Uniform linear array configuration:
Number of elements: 12
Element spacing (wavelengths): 0.25
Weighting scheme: blackman
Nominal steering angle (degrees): -15
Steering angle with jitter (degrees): -13.409
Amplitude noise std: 0.05
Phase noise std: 0.05

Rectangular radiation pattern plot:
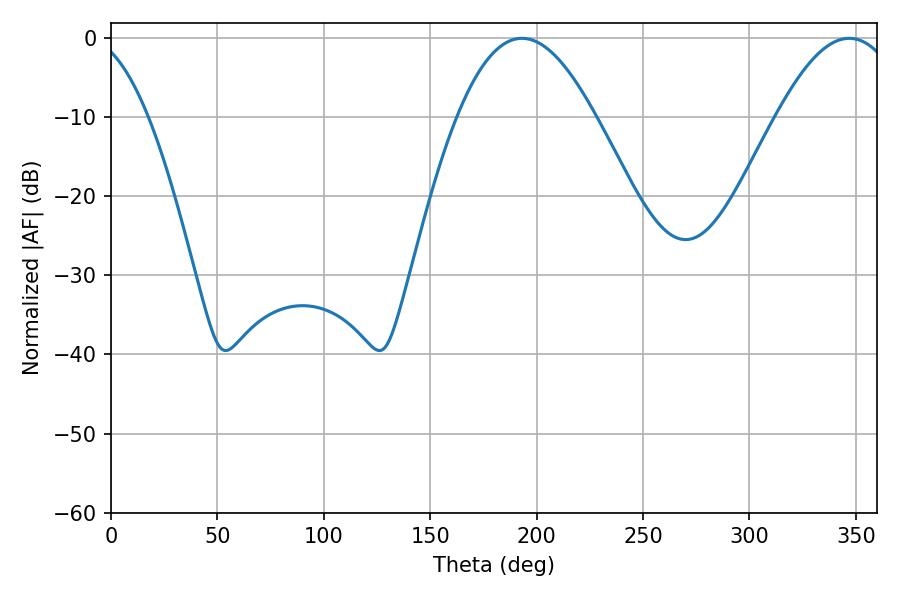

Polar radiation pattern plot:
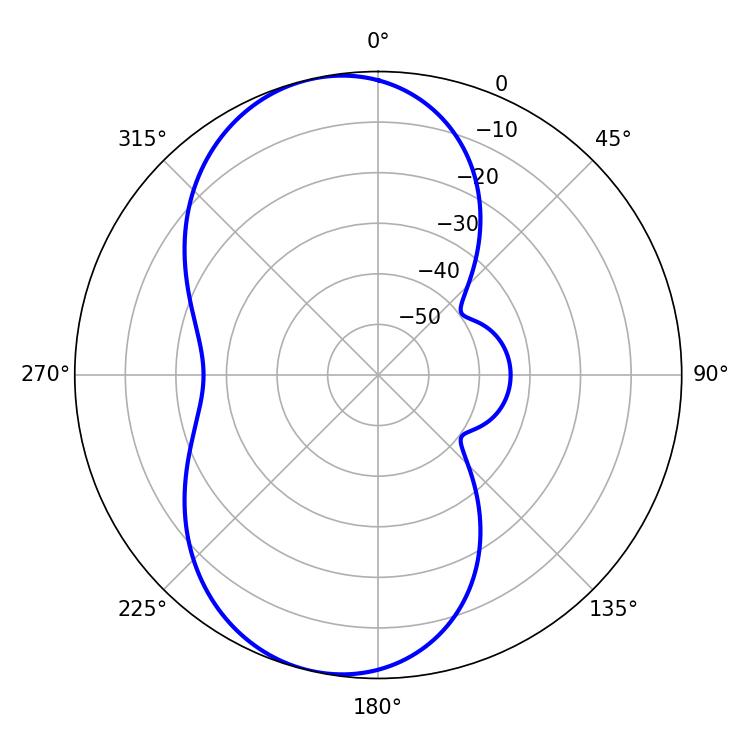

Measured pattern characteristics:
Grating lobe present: FALSE
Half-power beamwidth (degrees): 35.28
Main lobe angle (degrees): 193.14